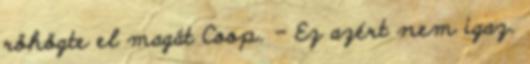
röhögte el magát Coop. - Ez azért nem igaz.